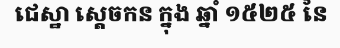
ជេស្ឋា ស្តេចកន ក្នុង ឆ្នាំ ១៥២៥ នៃ